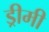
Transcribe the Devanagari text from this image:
ड्रीमी